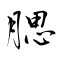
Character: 腮